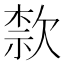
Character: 歀